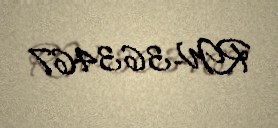
RW-363467